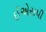
ઈએસપી